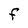
Character: F